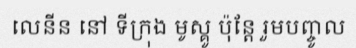
លេនីន នៅ ទីក្រុង មូស្គូ ប៉ុន្តែ រួមបញ្ចូល